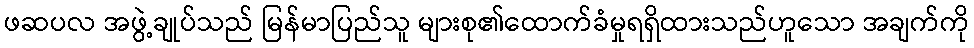
ဖဆပလ အဖွဲ့ချုပ်သည် မြန်မာပြည်သူ များစု၏ထောက်ခံမှုရရှိထားသည်ဟူသော အချက်ကို